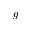
g _ { - }